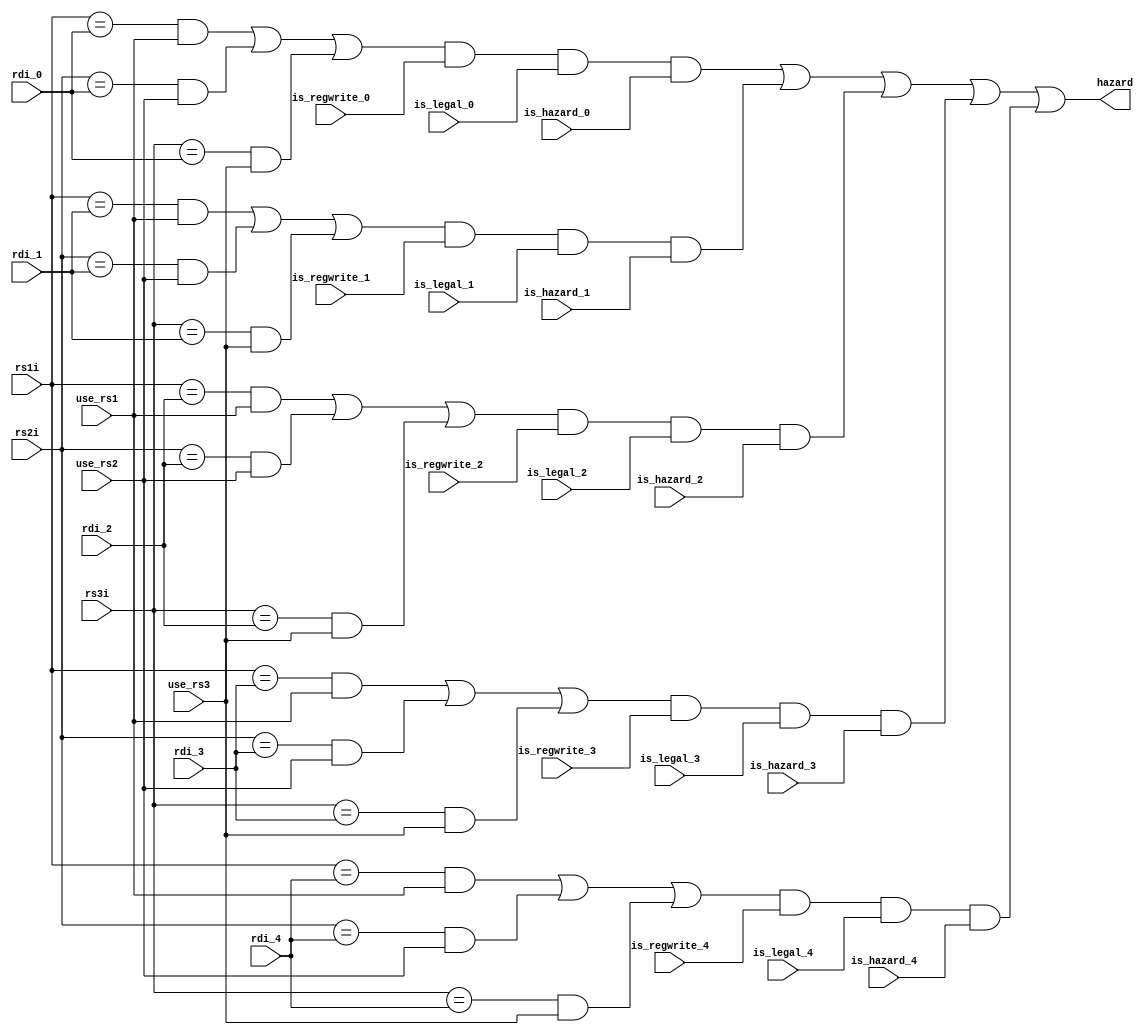
module fpu_hazard_detect(
    rs1i,
    rs2i,
    rs3i,
    rdi_0,
    rdi_1,
    rdi_2,
    rdi_3,
    rdi_4,
    use_rs1,
    use_rs2,
    use_rs3,
    is_regwrite_0,
    is_regwrite_1,
    is_regwrite_2,
    is_regwrite_3,
    is_regwrite_4,
    is_legal_0,
    is_legal_1,
    is_legal_2,
    is_legal_3,
    is_legal_4,
    is_hazard_0,
    is_hazard_1,
    is_hazard_2,
    is_hazard_3,
    is_hazard_4,
    hazard
);
    input [4:0] rs1i;
    input [4:0] rs2i;
    input [4:0] rs3i;
    input [4:0] rdi_0;
    input [4:0] rdi_1;
    input [4:0] rdi_2;
    input [4:0] rdi_3;
    input [4:0] rdi_4;
    input use_rs1;
    input use_rs2;
    input use_rs3;
    input is_regwrite_0;
    input is_regwrite_1;
    input is_regwrite_2;
    input is_regwrite_3;
    input is_regwrite_4;
    input is_legal_0;
    input is_legal_1;
    input is_legal_2;
    input is_legal_3;
    input is_legal_4;
    input is_hazard_0;
    input is_hazard_1;
    input is_hazard_2;
    input is_hazard_3;
    input is_hazard_4;
    output hazard;

    wire hazard0;
    wire hazard1;
    wire hazard2;
    wire hazard3;
    wire hazard4;
    

    assign hazard = hazard0 | hazard1 | hazard2 | hazard3 | hazard4;


    assign hazard0 = (((rs1i == rdi_0) & use_rs1) 
                    |((rs2i == rdi_0) & use_rs2)
                    |((rs3i == rdi_0) & use_rs3))
                  & is_regwrite_0
                  & is_legal_0
                  & is_hazard_0;
    assign hazard1 = (((rs1i == rdi_1) & use_rs1) 
                    |((rs2i == rdi_1) & use_rs2)
                    |((rs3i == rdi_1) & use_rs3))
                  & is_regwrite_1
                  & is_legal_1
                  & is_hazard_1;
    assign hazard2 = (((rs1i == rdi_2) & use_rs1) 
                    |((rs2i == rdi_2) & use_rs2)
                    |((rs3i == rdi_2) & use_rs3))
                  & is_regwrite_2
                  & is_legal_2
                  & is_hazard_2;
    assign hazard3 = (((rs1i == rdi_3) & use_rs1) 
                    |((rs2i == rdi_3) & use_rs2)
                    |((rs3i == rdi_3) & use_rs3))
                  & is_regwrite_3
                  & is_legal_3
                  & is_hazard_3;
    assign hazard4 = (((rs1i == rdi_4) & use_rs1) 
                    |((rs2i == rdi_4) & use_rs2)
                    |((rs3i == rdi_4) & use_rs3))
                  & is_regwrite_4
                  & is_legal_4
                  & is_hazard_4;

endmodule